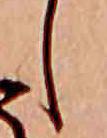
し